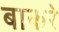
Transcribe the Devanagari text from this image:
बाकरे